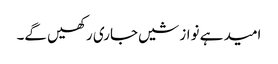
امید ہے نوازشیں جاری رکھیں گے۔